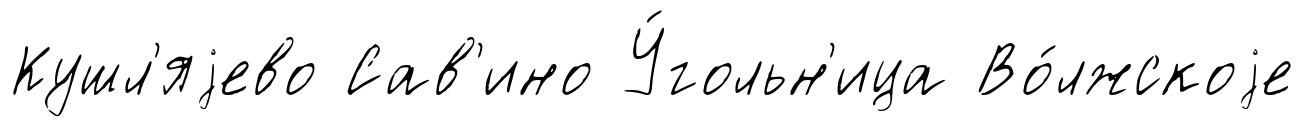
Кушл'яjево Сав'ино У́гольн'ица Во́лжскоjе